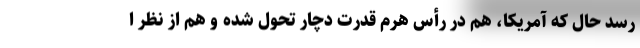
رسد حال که آمریکا، هم در رأس هرم قدرت دچار تحول شده و هم از نظر ا